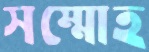
সম্মোহ